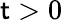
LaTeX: \mathsf{t}>0